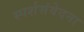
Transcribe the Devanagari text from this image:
स्पर्शसंवेदना